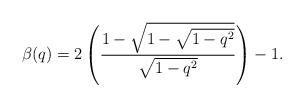
LaTeX: \begin{align*}\beta(q)=2\left(\frac{1-\sqrt{1-\sqrt{1-q^2}}}{\sqrt{1-q^2}}\right)-1.\end{align*}